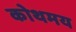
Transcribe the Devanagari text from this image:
कोथमय